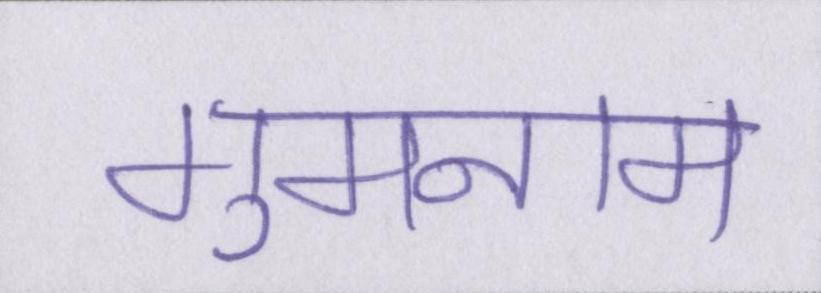
गुमनाम